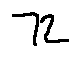
7 2